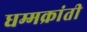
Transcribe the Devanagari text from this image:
धम्मक्रांती